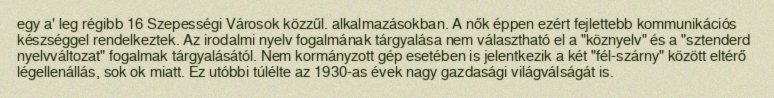
egy a' leg régibb 16 Szepességi Városok közzűl. alkalmazásokban. A nők éppen ezért fejlettebb kommunikációs készséggel rendelkeztek. Az irodalmi nyelv fogalmának tárgyalása nem választható el a "köznyelv" és a "sztenderd nyelvváltozat" fogalmak tárgyalásától. Nem kormányzott gép esetében is jelentkezik a két "fél-szárny" között eltérő légellenállás, sok ok miatt. Ez utóbbi túlélte az 1930-as évek nagy gazdasági világválságát is.